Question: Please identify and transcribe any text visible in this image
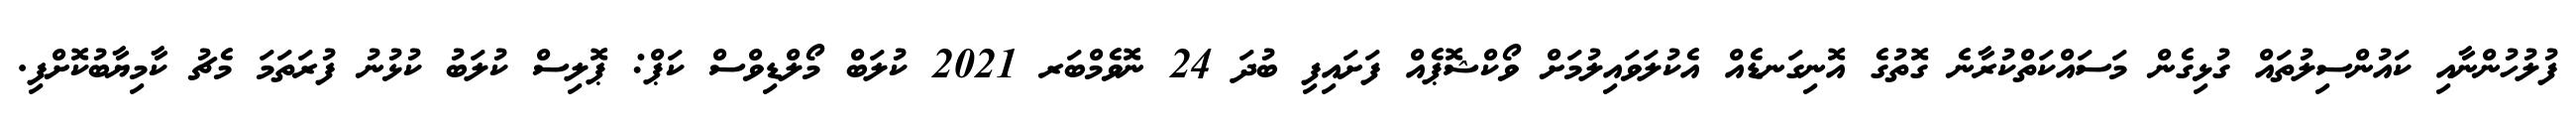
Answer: ފުލުހުންނާއި ކައުންސިލުތައް ގުޅިގެން މަސައްކަތްކުރާނެ ގޮތުގެ އޮނިގަނޑެއް އެކުލަވައިލުމަށް ވޯކްޝޮޕެއް ފަށައިފި ބުދަ 24 ނޮވެމްބަރ 2021 ކުލަބް މޯލްޑިވްސް ކަޕް: ޕޮލިސް ކުލަބު ކުޅުނު ފުރަތަމަ މެޗު ކާމިޔާބުކޮށްފި.